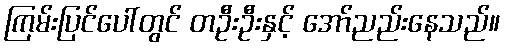
ကြမ်းပြင်ပေါ်တွင် တဦးဦးနှင့် အော်ညည်းနေသည်။